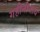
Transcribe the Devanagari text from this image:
गहीनीनाथ